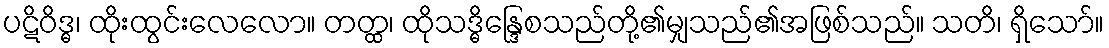
ပဋိဝိဒ္ဓ၊ ထိုးထွင်းလေလော။ တတ္ထ၊ ထိုသဒ္ဓိန္ဒြေစသည်တို့၏မျှသည်၏အဖြစ်သည်။ သတိ၊ ရှိသော်။